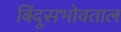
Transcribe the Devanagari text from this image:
बिंदूसभोवताल